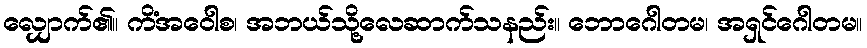
လျှောက်၏။ ကိံအဝေါစ၊ အဘယ်သို့လေဆာက်သနည်း။ ဘောဂေါတမ၊ အရှင်ဂေါတမ။